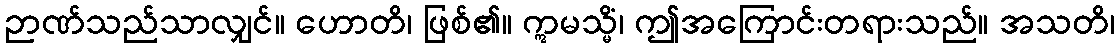
ဉာဏ်သည်သာလျှင်။ ဟောတိ၊ ဖြစ်၏။ ဣမသ္မိံ၊ ဤအကြောင်းတရားသည်။ အသတိ၊